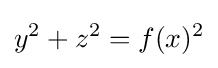
y^{2}+z^{2}=f(x)^{2}